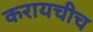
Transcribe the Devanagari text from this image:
करायचीच